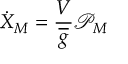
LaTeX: \dot { X } _ { M } = \frac { V } { \overline { { { g } } } } { \mathcal { P } } _ { M }